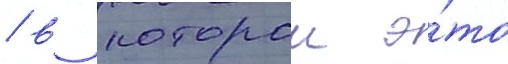
/ в которои э́то